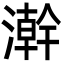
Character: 澣